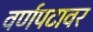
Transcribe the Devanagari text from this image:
वर्णपटावर